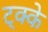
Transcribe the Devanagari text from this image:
ट्क्के